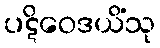
ပဋိဝေဒယိံသု